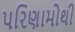
પરિણામોથી